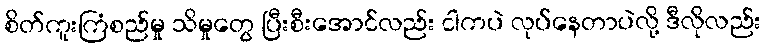
စိတ်ကူးကြံစည်မှု သိမှုတွေ ပြီးစီးအောင်လည်း ငါကပဲ လုပ်နေတာပဲလို့ ဒီလိုလည်း